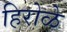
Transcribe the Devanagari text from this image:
हिरोळे